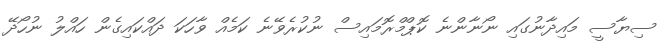
ސިޔާސީ މައިދާނުގައި ނޯނާންނެ ކޮޕްމްރޮމައިސް ނުކުރެވޭނެ ކަމެއް ވާހަކަ ދައްކައިގެން ހައްލު ނުހޯދޭ